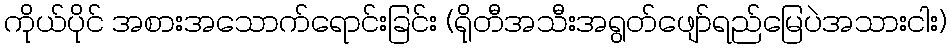
ကိုယ်ပိုင် အစားအသောက်ရောင်းခြင်း (ရိုတီအသီးအရွတ်ဖျော်ရည်မြေပဲအသားငါး)